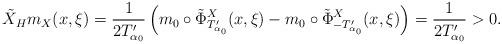
LaTeX: \begin{align*}\tilde{X}_Hm_X(x,\xi)=\frac{1}{2T_{\alpha_0}'}\left(m_0\circ\tilde{\Phi}^X_{T_{\alpha_0}'}(x,\xi)-m_0\circ \tilde{\Phi}^X_{-T_{\alpha_0}'}(x,\xi)\right)=\frac{1}{2T_{\alpha_0}'}>0.\end{align*}